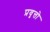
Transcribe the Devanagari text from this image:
प्रवृत्तो